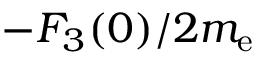
- F _ { 3 } ( 0 ) / 2 m _ { \mathrm { { e } } }